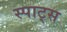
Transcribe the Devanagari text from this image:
स्पाट्स